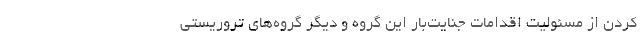
کردن از مسئولیت اقدامات جنایت‌بار این گروه و دیگر گروه‌های تروریستی